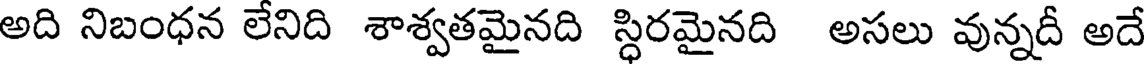
అది నిబంధన లేనిది శాశ్వతమైనది స్ధిరమైనది అసలు వున్నదీ అదే